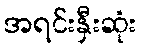
အရင်းနှီးဆုံး